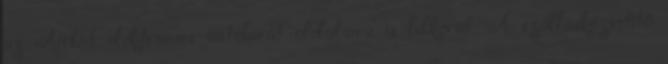
az Airbnb elektromos autóbarát oldalaira is felkerül. A szállásközvetítő